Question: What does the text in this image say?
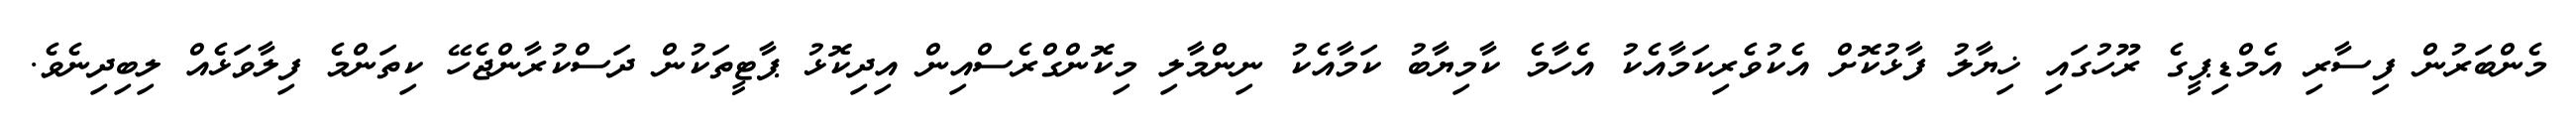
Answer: މެންބަރުން ފިސާރި އެމްޑިޕީގެ ރޫހުގައި ޚިޔާލު ފާޅުކޮށް އެކުވެރިކަމާއެކު އެހާމެ ކާމިޔާބު ކަމާއެކު ނިންމާލި މިކޮންގްރެސްއިން އިދިކޮޅު ޕާޓީތަކުން ދަސްކުރާންޖެހޭ ކިތަންމެ ފިލާވަޅެއް ލިބިދިނެވެ.